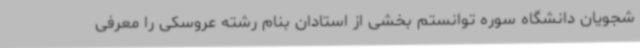
شجویان دانشگاه سوره توانستم بخشی از استادان بنام رشته عروسکی را معرفی